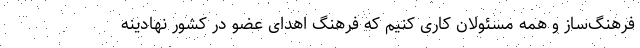
فرهنگ‌ساز و همه مسئولان کاری کنیم که فرهنگ اهدای عضو در کشور نهادینه